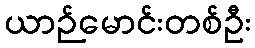
ယာဉ်မောင်းတစ်ဦး